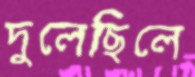
দুলেছিলে